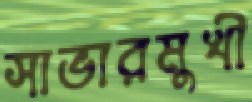
সাভারমুখী